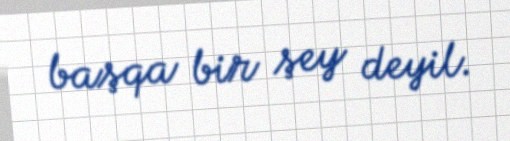
başqa bir şey deyil.